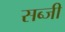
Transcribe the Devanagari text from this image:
सब्‍जी